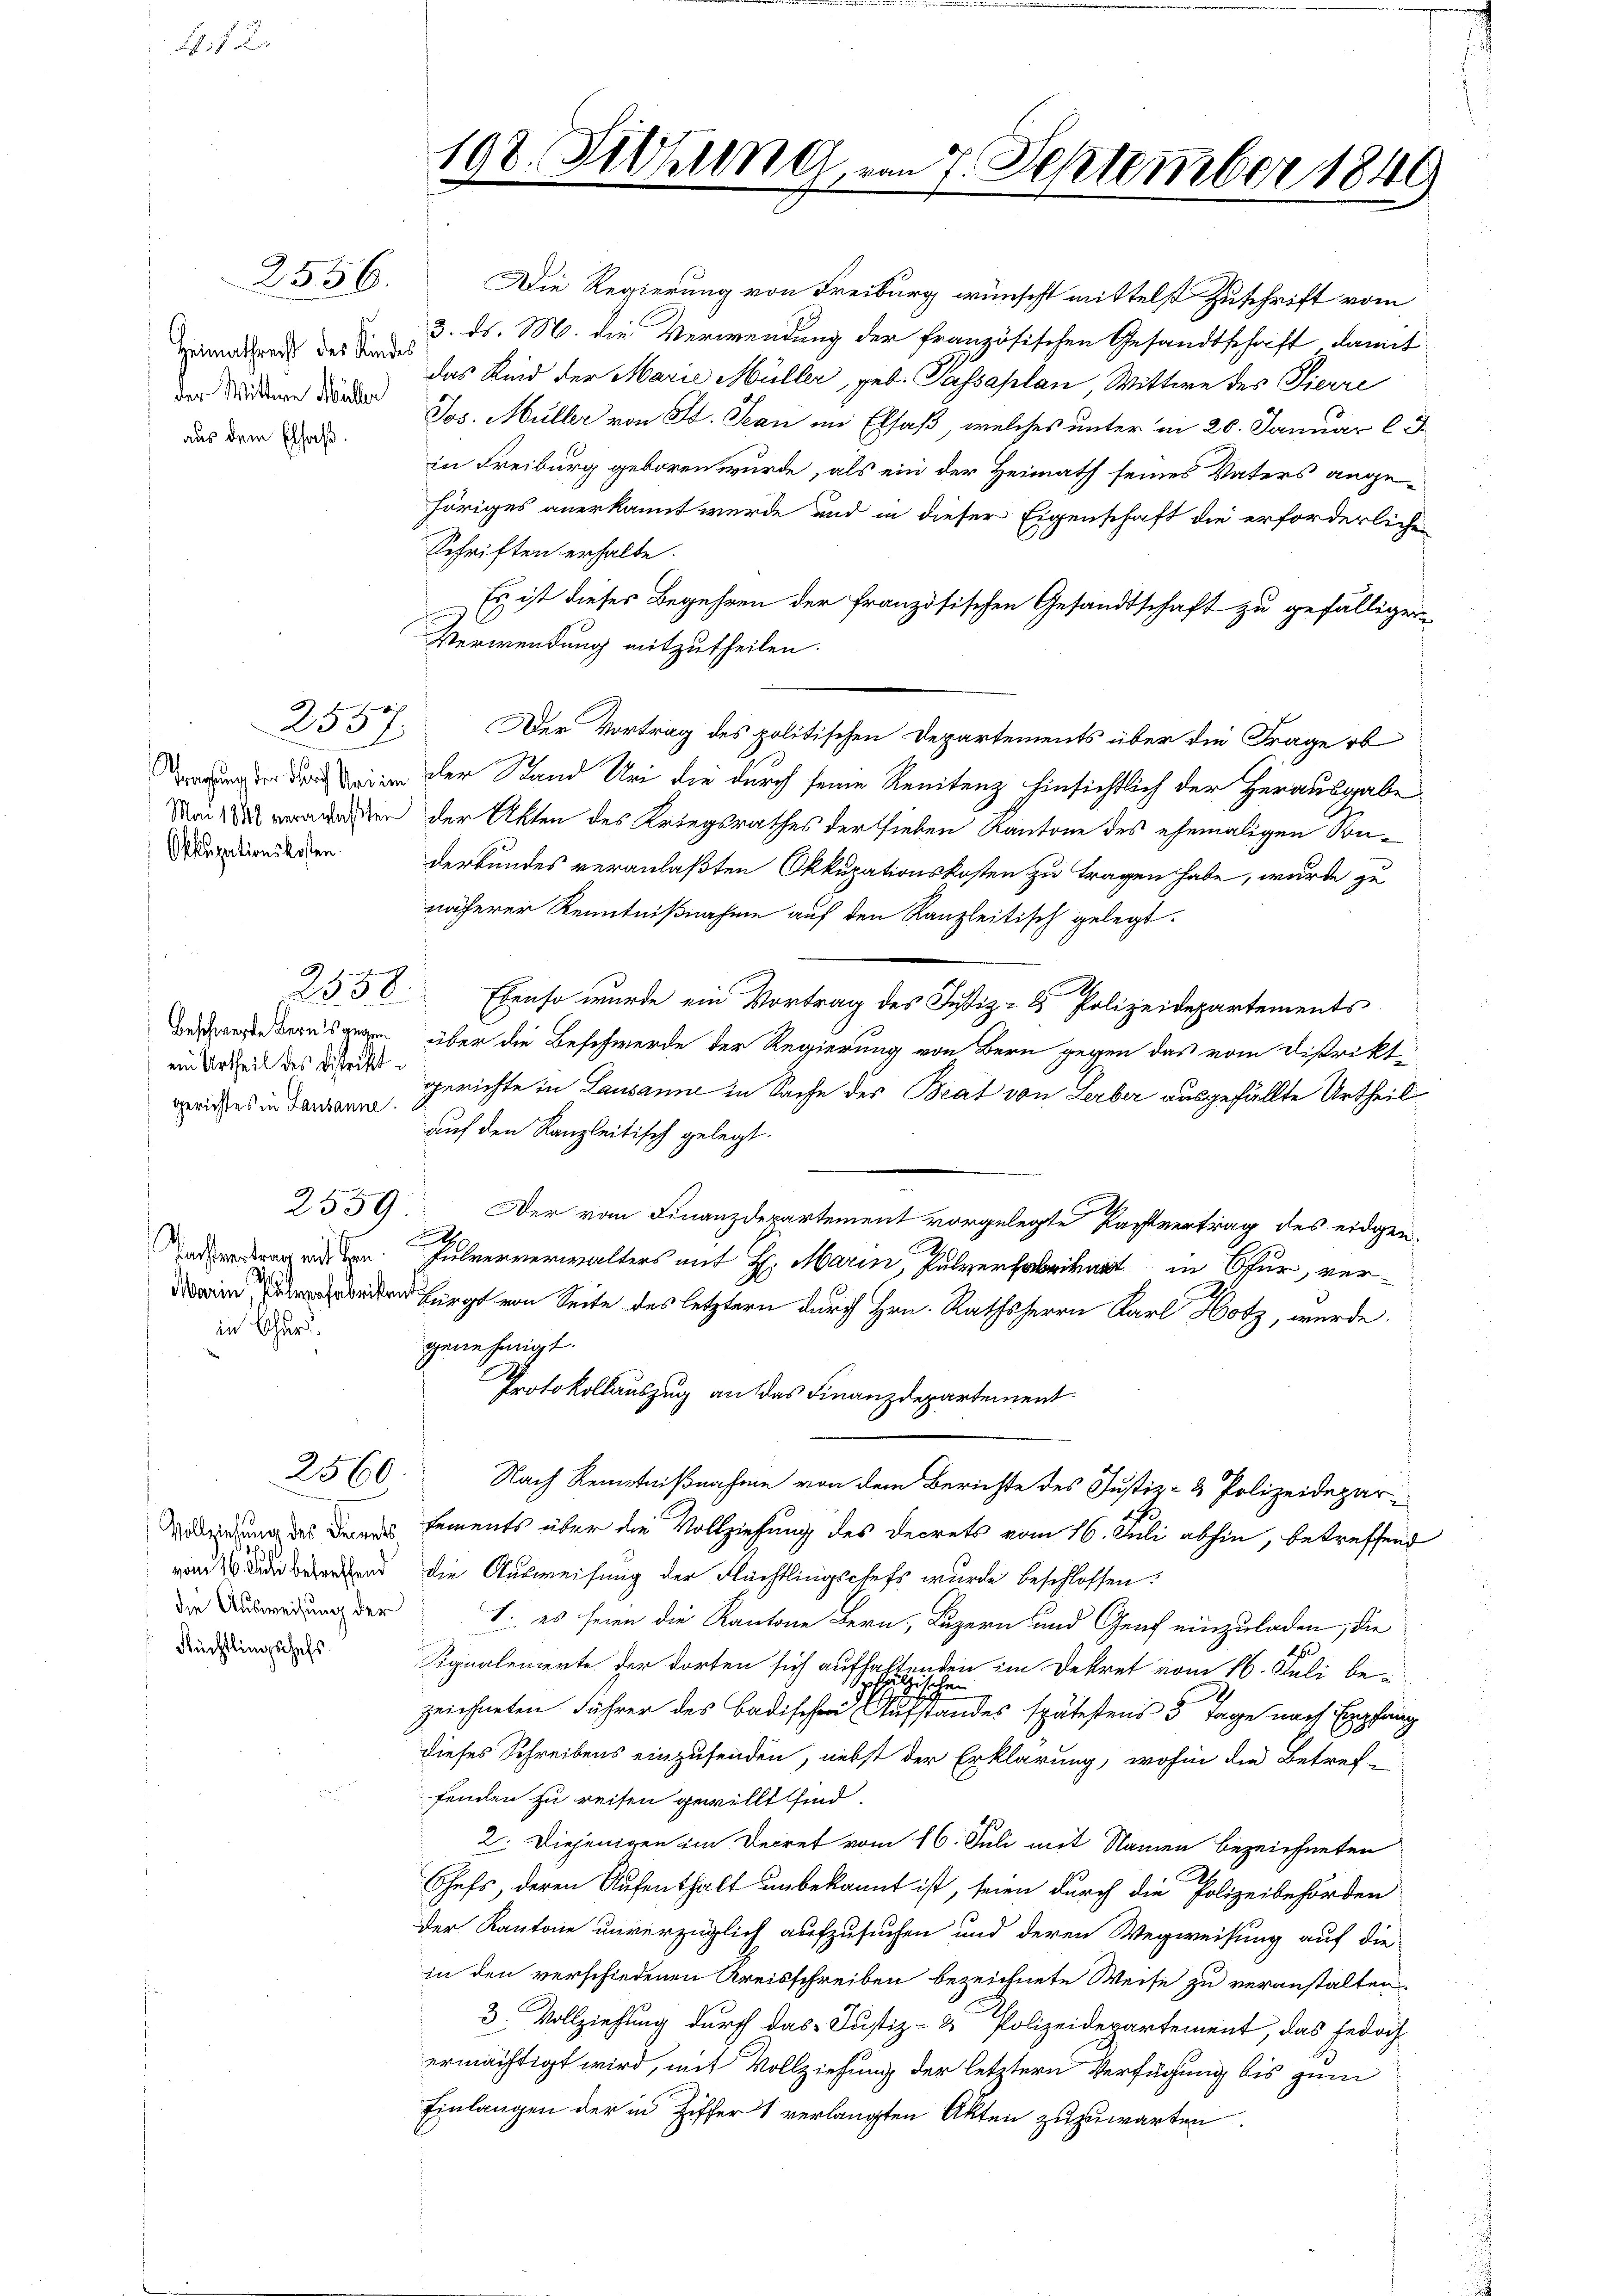
N. F.

198. Sitzung, von 7. September 1849

2556.

Die Regierung von Freiburg wünscht mittelst Zuschrift vom
3. ds. M. die Verwendung der französischen Gesandtschaft, damit
das Kind der Marie Müller, geb. Passaplan, Wittwe des Pierre
Jos. Müller von Bd. Jean im Elsaß, welches unter in 26. Januar l. J
in Freiburg geboren wurde, als ein der Heimath seines Vaters angehöriges anerkannt werde und in dieser Eigenschaft die erforderlichen
Schriften erhalte.
Es ist dieses Begehren der französischen Gesandtschaft zu gefälliger
Verwendung mitzutheilen.
Der Vortrag des politischen Departements über die Frage ob
rdung die der Stand Uri die durch seine Renitenz hinsichtlich der Herausgabe
Man den der Akten des Kriegsrathes der sieben Kantone des ehemaligen Sonderbundes veranlaßten Okkupationskosten zu tragen habe, wurde zu
näherer Kenntnißnahme auf den Kanzleitisch gelegt.
2,550. Ebenso wurde ein Vortrag des Justiz- & Polizeidepartements
über die Beschwerde der Regierung von Bern gegen das vom Distriktgerichte in Lausanne in Sache der Beat von Serber ausgefällte Urtheil
auf den Kanzleitisch gelegt.
Der vom Finanzdepartement vorgelegte Rachtvertrag des eidgen.
L
Julververwalters mit H. Marin, Pulverfabrikat in Chur, ver¬
 Bürgt von Seite des letztern durch Hrn. Rathsherrn Karl Hotz, wurde
genehmigt.
7
Protokollauszug an das Finanzdepartement
Nach Kenntnißnahme von dem Berichte des Justiz- & Polizeideparvederung des Deines Lements über die Vollziehung des Decrets vom 16. Juli abhin, betreffend
von derend die Ausweisung der Flächtlingschefs wurde beschlossen:
1. es seien die Kantone Bern, Luzern und Genf einzuladen, die
dierung des Signalemente der dorten sich aufha
Ganten im Dekret vom 16. Juli be¬
57.
zeichneten Führer des Badischen eines an des spätestens 5 Tage nach Empfang
dieses Schreibens einzusenden, nebst der Erklärung, wohin die Betref-
fenden zu reisen gewillt sind.
2. Diejenigen im Decret vom 16. Juli mit Namen bezeichneten
Chefs, deren Aufenthalt unbekannt ist, seien durch die Polizeibehörden
der Kantone unverzüglich aufzusuchen und deren Wegweisung auf die
in den verschiedenen Kreisschreiben bezeichnete Weise zu veranstalten.
3. Vollziehung durch das Justiz- & Polizeidepartement, das jedoch
ermächtigt wird, mit Vollziehung der letztern Verfügung bis zum
Einlangen der in Ziffer 1 verlangten Akten zuzuwarten.

Heimathrecht des Kindes
der Wittwe Müller
aus dem Elsaß.

2557
Okkupationskosten.

Beschwerte Bern es gegen
ein Urtheil des Distriktgerichtes in Lausanne.

2559

Tochternten mich the
Marin, trafabrikten
in Chur.

2560

die Ausweisung der